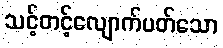
သင့်တင့်လျောက်ပတ်သော